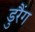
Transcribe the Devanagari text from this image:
डुरैंग